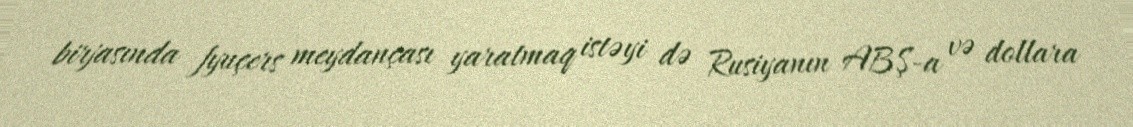
birjasında fyuçers meydançası yaratmaq istəyi də Rusiyanın ABŞ-a və dollara